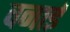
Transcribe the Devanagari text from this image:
वनाई